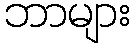
ဘာများ